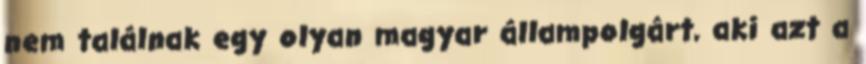
nem találnak egy olyan magyar állampolgárt, aki azt a